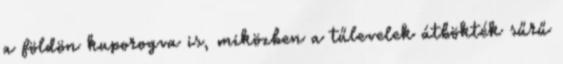
a földön kuporogva is, miközben a tűlevelek átbökték sűrű